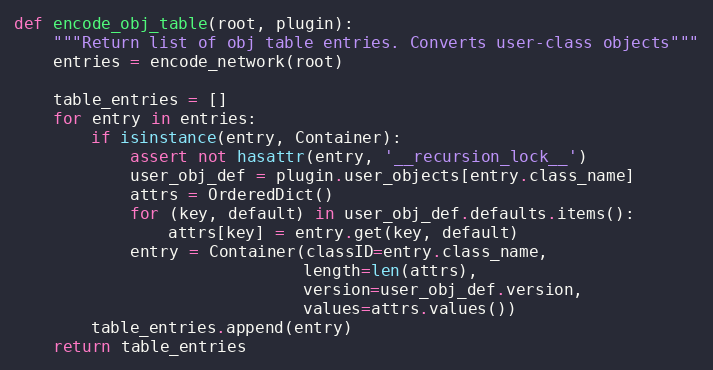
Language: Python
def encode_obj_table(root, plugin):
    """Return list of obj table entries. Converts user-class objects"""
    entries = encode_network(root)

    table_entries = []
    for entry in entries:
        if isinstance(entry, Container):
            assert not hasattr(entry, '__recursion_lock__')
            user_obj_def = plugin.user_objects[entry.class_name]
            attrs = OrderedDict()
            for (key, default) in user_obj_def.defaults.items():
                attrs[key] = entry.get(key, default)
            entry = Container(classID=entry.class_name,
                              length=len(attrs),
                              version=user_obj_def.version,
                              values=attrs.values())
        table_entries.append(entry)
    return table_entries